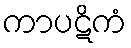
ကာပဋိကံ